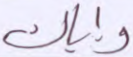
وإياك